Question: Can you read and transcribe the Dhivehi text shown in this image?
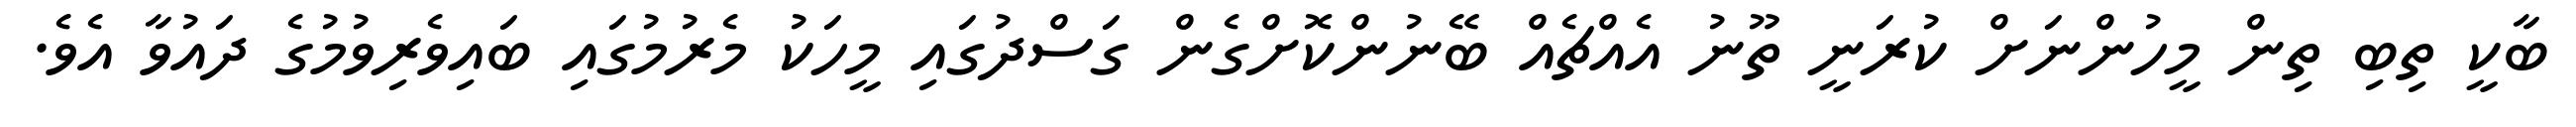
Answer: ބާކީ ތިބި ތިން މީހުންނަށް ކުރަނީ ތޫނު އެއްޗެއް ބޭނުންކޮށްގެން ގަސްދުގައި މީހަކު މެރުމުގައި ބައިވެރިވުމުގެ ދައުވާ އެވެ.